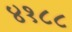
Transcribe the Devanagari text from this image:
४१८८